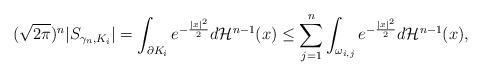
LaTeX: \begin{align*}(\sqrt{2\pi})^n|S_{\gamma_n, K_i}| = \int_{\partial K_i} e^{-\frac{|x|^2}{2}}d\mathcal{H}^{n-1}(x)\leq \sum_{j=1}^n \int_{\omega_{i,j}} e^{-\frac{|x|^2}{2}}d\mathcal{H}^{n-1}(x),\end{align*}